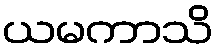
ယမကာသိ